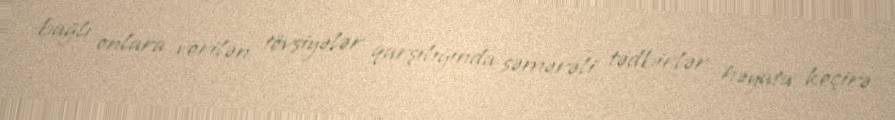
bağlı onlara verilən tövsiyələr qarşılığında səmərəli tədbirlər həyata keçirə